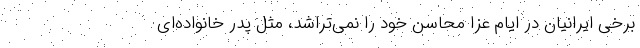
برخی ایرانیان در ایام عزا محاسن خود را نمی‌تراشد، مثل پدر خانواده‌ای